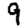
Digit: 9